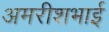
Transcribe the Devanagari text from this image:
अमरीशभाई